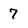
Character: 7